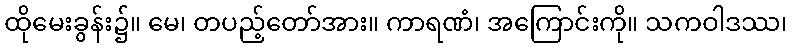
ထိုမေးခွန်း၌။ မေ၊ တပည့်တော်အား။ ကာရဏံ၊ အကြောင်းကို။ သကဝါဒဿ၊